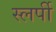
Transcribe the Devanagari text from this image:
स्लर्पी